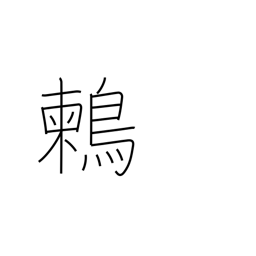
Meaning: (kokuji)